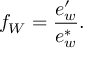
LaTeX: f _ { W } = { \frac { e _ { w } ^ { \prime } } { e _ { w } ^ { * } } } .